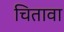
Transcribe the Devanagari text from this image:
चितावा